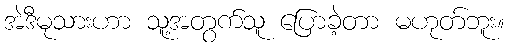
အဲဒီမုသားဟာ သူ့အတွက်သူ ပြောခဲ့တာ မဟုတ်ဘူး။